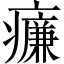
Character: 𤻑